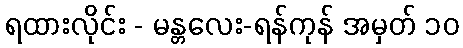
ရထားလိုင်း - မန္တလေး-ရန်ကုန် အမှတ် ၁၀